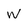
Character: W